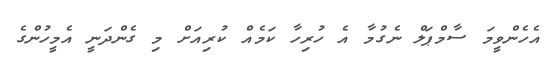
އެހެންވީމަ ސާމްޕަލް ނެގުމާ އެ ހުރިހާ ކަމެއް ކުރިއަށް މި ގެންދަނީ އެމީހުންގެ